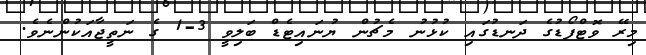
މިރޭ ވޮޓްފޯޑުގެ ދަނޑުގައި ކުޅުނު މެޗުން ޔުނައިޓެޑް ބަލިވީ 3-1 ގެ ނަތީޖާއަކުންނެވެ.